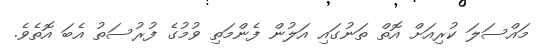
މައްސަލަ ކުރިއަށް އޮތް ތަނުގައި އަލުން ފެންމަތި ވުމުގެ ފުރުސަތު އެބަ އޮތެވެ.